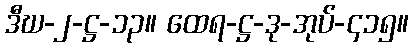
ဒီဃ-၂-ဋ္ဌ-၁၃။ ထေရ-ဋ္ဌ-ဒု-အုပ်-၄၁၅။